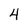
Character: 4